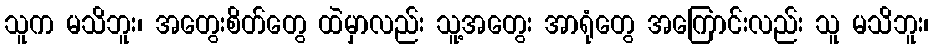
သူက မသိဘူး၊ အတွေးစိတ်တွေ ထဲမှာလည်း သူ့အတွေး အာရုံတွေ အကြောင်းလည်း သူ မသိဘူး၊